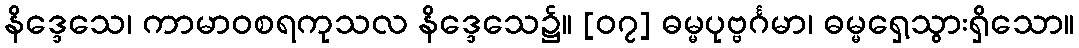
နိဒ္ဒေသေ၊ ကာမာဝစရကုသလ နိဒ္ဒေသေ၌။ [၀၇] ဓမ္မပုဗ္ဗင်္ဂမာ၊ ဓမ္မရှေ့သွားရှိသော။